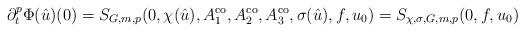
LaTeX: \begin{align*} \partial_t^p \Phi(\hat{u})(0) = S_{G,m,p}(0, \chi(\hat{u}), A_1^{\operatorname{co}}, A_2^{\operatorname{co}},A_3^{\operatorname{co}}, \sigma(\hat{u}), f, u_0) = S_{\chi,\sigma,G,m,p}(0,f,u_0)\end{align*}